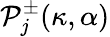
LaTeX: \mathcal{P}_{j}^{\pm}(\kappa,\alpha)